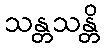
သန္တသန္တိ